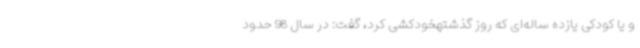
و یا کودکی یازده ساله‌ای که روز گذشتهخودکشی کرد، گفت: در سال 98 حدود